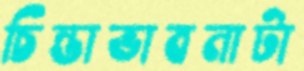
চিন্তাভাবনাটা